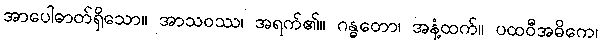
အာပေါဓာတ်ရှိသော။ အာသဝဿ၊ အရက်၏။ ဂန္ဓတော၊ အနံ့ထက်။ ပထဝီအဓိကေ၊